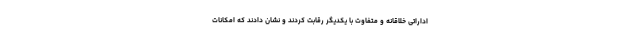
اداراتی خلاقانه و متفاوت با یکدیگر رقابت کردند و نشان دادند که امکانات